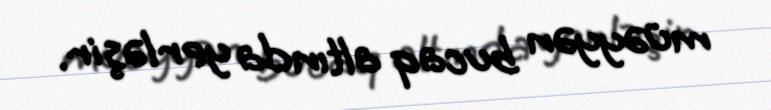
müəyyən bucaq altında yerləşir.